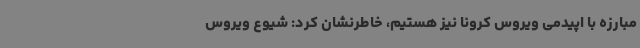
مبارزه با اپیدمی ویروس کرونا نیز هستیم، خاطرنشان کرد: شیوع ویروس